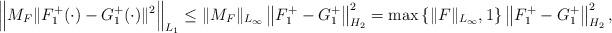
LaTeX: \begin{align*}\Big\|M_F \|F_1^+(\cdot) - G_1^+(\cdot)\|^2\Big\|_{L_1}\leq \|M_F\|_{L_\infty} \left\|F_1^+ - G_1^+\right\|_{H_2}^2 = \max\left\{\|F\|_{L_{\infty}}, 1\right\} \left\|F_1^+ - G_1^+\right\|_{H_2}^2,\end{align*}